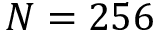
N = 2 5 6